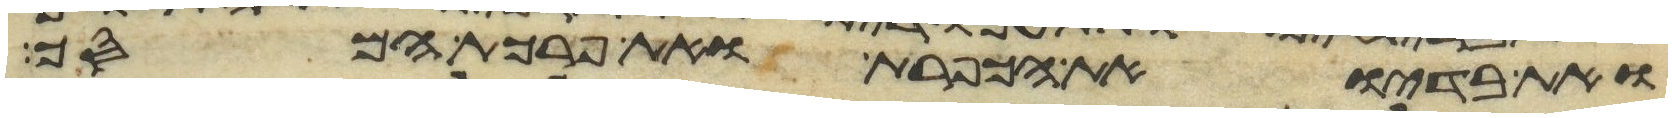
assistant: ואת בדיו ואת הכפרת ואת פרכת המסך